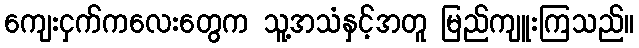
ကျေးငှက်ကလေးတွေက သူ့အသံနှင့်အတူ မြည်ကျူးကြသည်။